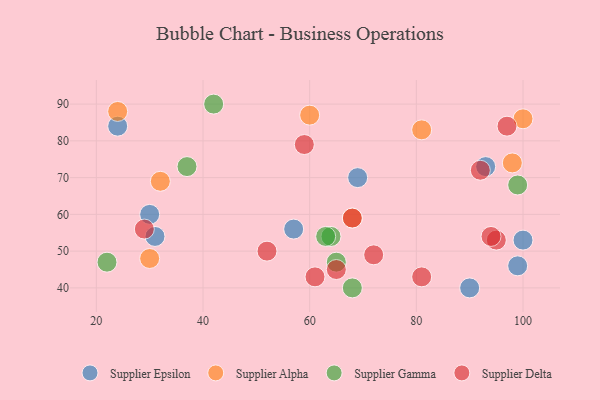
{"axis": {"x": "GDP", "y": "Life Expectancy"}, "legend": ["Supplier Alpha", "Supplier Delta", "Supplier Epsilon", "Supplier Gamma"], "data": [{"x": "100", "y": 53, "type": "Supplier Epsilon"}, {"x": "99", "y": 46, "type": "Supplier Epsilon"}, {"x": "24", "y": 84, "type": "Supplier Epsilon"}, {"x": "69", "y": 70, "type": "Supplier Epsilon"}, {"x": "57", "y": 56, "type": "Supplier Epsilon"}, {"x": "31", "y": 54, "type": "Supplier Epsilon"}, {"x": "90", "y": 40, "type": "Supplier Epsilon"}, {"x": "93", "y": 73, "type": "Supplier Epsilon"}, {"x": "30", "y": 60, "type": "Supplier Epsilon"}, {"x": "32", "y": 69, "type": "Supplier Alpha"}, {"x": "100", "y": 86, "type": "Supplier Alpha"}, {"x": "68", "y": 59, "type": "Supplier Alpha"}, {"x": "30", "y": 48, "type": "Supplier Alpha"}, {"x": "98", "y": 74, "type": "Supplier Alpha"}, {"x": "60", "y": 87, "type": "Supplier Alpha"}, {"x": "24", "y": 88, "type": "Supplier Alpha"}, {"x": "81", "y": 83, "type": "Supplier Alpha"}, {"x": "68", "y": 40, "type": "Supplier Gamma"}, {"x": "64", "y": 54, "type": "Supplier Gamma"}, {"x": "65", "y": 47, "type": "Supplier Gamma"}, {"x": "63", "y": 54, "type": "Supplier Gamma"}, {"x": "37", "y": 73, "type": "Supplier Gamma"}, {"x": "42", "y": 90, "type": "Supplier Gamma"}, {"x": "99", "y": 68, "type": "Supplier Gamma"}, {"x": "22", "y": 47, "type": "Supplier Gamma"}, {"x": "95", "y": 53, "type": "Supplier Delta"}, {"x": "68", "y": 59, "type": "Supplier Delta"}, {"x": "29", "y": 56, "type": "Supplier Delta"}, {"x": "72", "y": 49, "type": "Supplier Delta"}, {"x": "59", "y": 79, "type": "Supplier Delta"}, {"x": "92", "y": 72, "type": "Supplier Delta"}, {"x": "94", "y": 54, "type": "Supplier Delta"}, {"x": "52", "y": 50, "type": "Supplier Delta"}, {"x": "61", "y": 43, "type": "Supplier Delta"}, {"x": "65", "y": 45, "type": "Supplier Delta"}, {"x": "81", "y": 43, "type": "Supplier Delta"}, {"x": "97", "y": 84, "type": "Supplier Delta"}]}